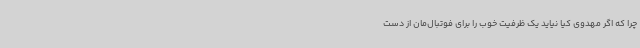
چرا که اگر مهدوی کیا نیاید یک ظرفیت خوب را برای فوتبال‌مان از دست